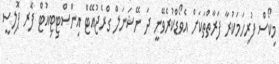
މިކޯސް ފުރިހަމަކުރާ ފަރާތްތަކަށް އެވޯޑްކުރެވޭނީ ދަ ނޭޝަނަލް ގްރެޖުއޭޓް އިންސްޓިޓިއުޓް ފޮރ ޕޮލިސީ